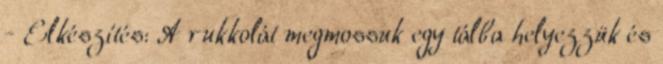
- Elkészítés: A rukkolát megmossuk egy tálba helyezzük és